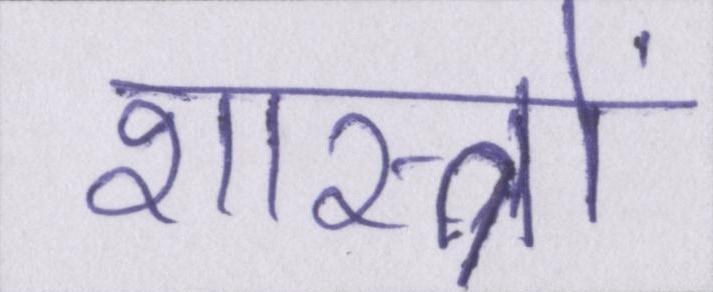
शास्त्रों